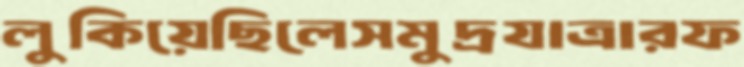
লুকিয়েছিলেসমুদ্রযাত্রারফ